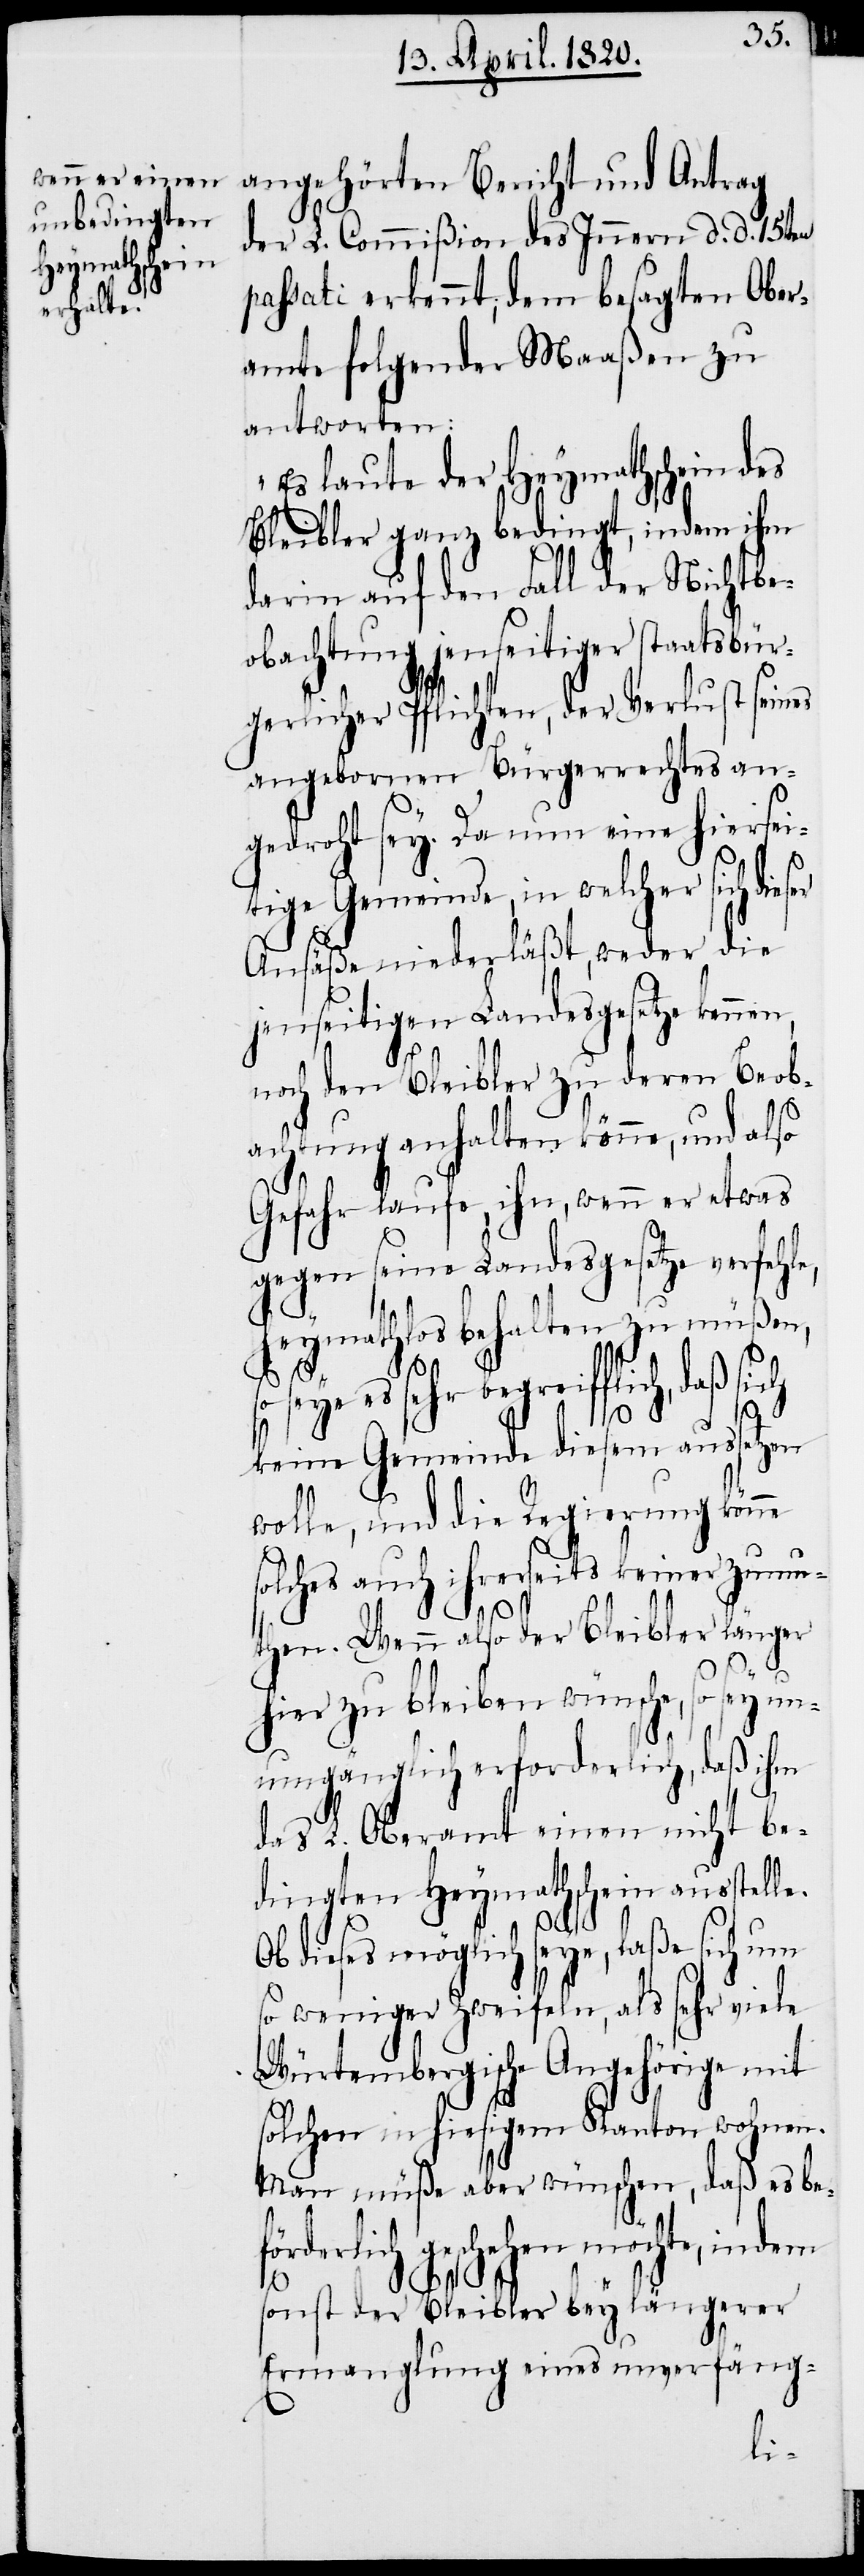
angehörten Bericht und Antrag
der L. Commißon des Innern d. d. 15ten
passati erkennt, dem besagten Ober¬
amte folgender Maaßen zu
antworten:
„Es laute der Heymathschein des
Bleibler ganz bedingt, indem ihm
darin auf den Fall der Nichtbe¬
obachtung jenseitiger staatsbür¬
gerlicher Pflichten, der Verlust seines
angebornen Bürgerrechtes an¬
gedroht sey. Da nun eine hiersei¬
e,
tige Gemeinde, in welcher sich dies¬
Ansäße niederläßt, weder die
jenseitigen Landesgesetze kennen,
noch den Bleibler zu deren Beob¬
achtung anhalten könne, und also
Gefahr laufe, ihn, wenn er etwas
gegen seine Landesgesetze verfehl¬
heymathlos behalten zu müßen,
seye es sehr begreiflich, daß sich
keine Gemeinde diesem aussetzen
wolle, und die Regierung könne
solches auch ihrerseits keiner zumu¬
then. Wenn also der Bleibler länger
hier zu bleiben wünsche, so sey u¬
numgänglich erforderlich, daß ihm
das L. Oberamt einen nicht be¬
dingten Heymathschein ausstelle.
Ob dieses möglich seye, laße sich um
so weniger zweifeln, als sehr viele
Würtembergische Angehörige mit
solchen in hiesigem Kanton wohnen.
Man müße aber wünschen, daß es be¬
förderlich geschehen
sonst der Bleibler bey längerer
Ermanglung eines unverfäng-